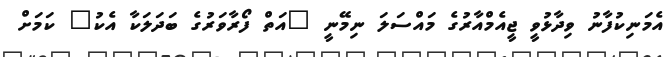
އެމަނިކުފާނު ވިދާޅުވީ ޖީއެމްއާރުގެ މައްސަލަ ނިމޭނީ "އަތް ފޯރާވަރުގެ ބަދަލަކާ އެކު" ކަމަށް